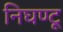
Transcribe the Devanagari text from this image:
निघण्टू